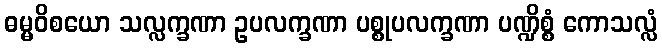
ဓမ္မဝိစယော သလ္လက္ခဏာ ဥပလက္ခဏာ ပစ္စုပလက္ခဏာ ပဏ္ဍိစ္စံ ကောသလ္လံ